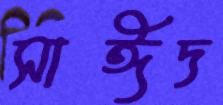
সাঈদ